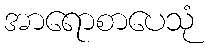
အာရောစာပေသုံ